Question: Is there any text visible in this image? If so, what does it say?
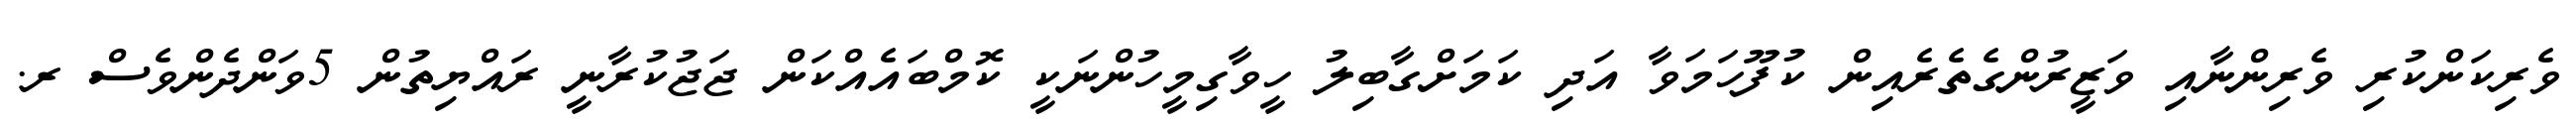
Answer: ވެރިކަންކުރި ވެރިންނާއި ވަޒީރުންގެތެރެއިން ކުފޫހަމަވާ އަދި ކަމަށްގާބިލު ހީވާގިމީހުންނަކީ ކޮމްބައެއްކަން ޖަޖުކުރާނީ ރައްޔިތުން 5ވަންދެންވެސް ރ.